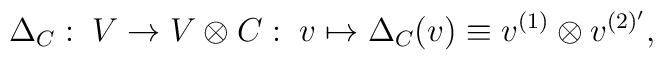
\Delta _{C} : \; V \rightarrow V \otimes C:\;v \mapsto \Delta _{C}(v) \equiv v^{(1)} \otimes v^{(2)'},